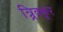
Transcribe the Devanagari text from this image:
त्र्र्र्रिक्कूर